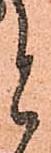
と